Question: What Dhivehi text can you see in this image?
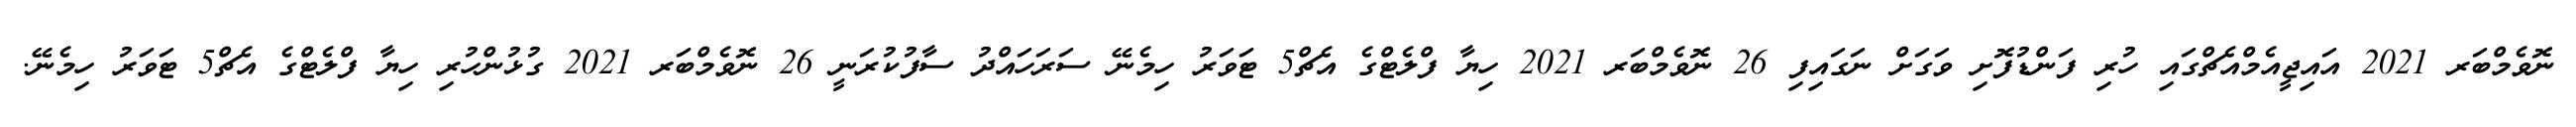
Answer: ނޮވެމްބަރ 2021 އައިޖީއެމްއެޗްގައި ހުރި ފަންޑުފޮށި ވަގަށް ނަގައިފި 26 ނޮވެމްބަރ 2021 ހިޔާ ފްލެޓްގެ އެޗް5 ޓަވަރު ހިމެނޭ ސަރަހައްދު ސާފުކުރަނީ 26 ނޮވެމްބަރ 2021 ގުޅުންހުރި ހިޔާ ފްލެޓްގެ އެޗް5 ޓަވަރު ހިމެނޭ.